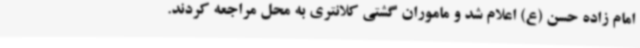
امام زاده حسن (ع) اعلام شد و ماموران گشتی کلانتری به محل مراجعه کردند.